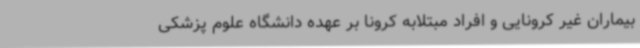
بیماران غیر کرونایی و افراد مبتلابه کرونا بر عهده دانشگاه علوم پزشکی